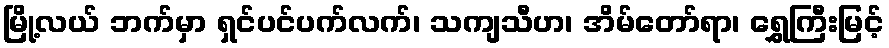
မြို့လယ် ဘက်မှာ ရှင်ပင်ပက်လက်၊ သကျသီဟ၊ အိမ်တော်ရာ၊ ရွှေကြီးမြင့်